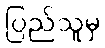
ပြည်သူမှ